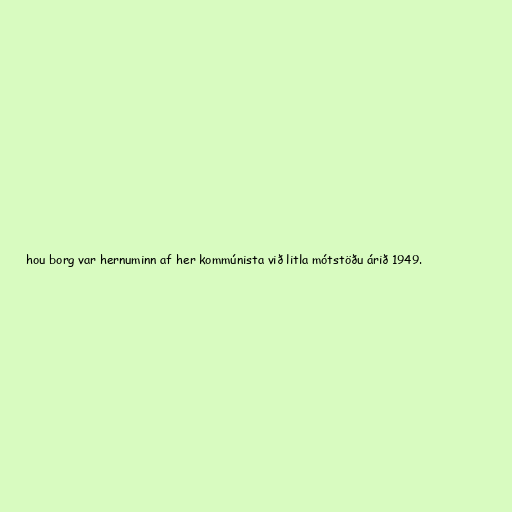
hou borg var hernuminn af her kommúnista við litla mótstöðu árið 1949.